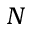
N